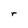
Character: r